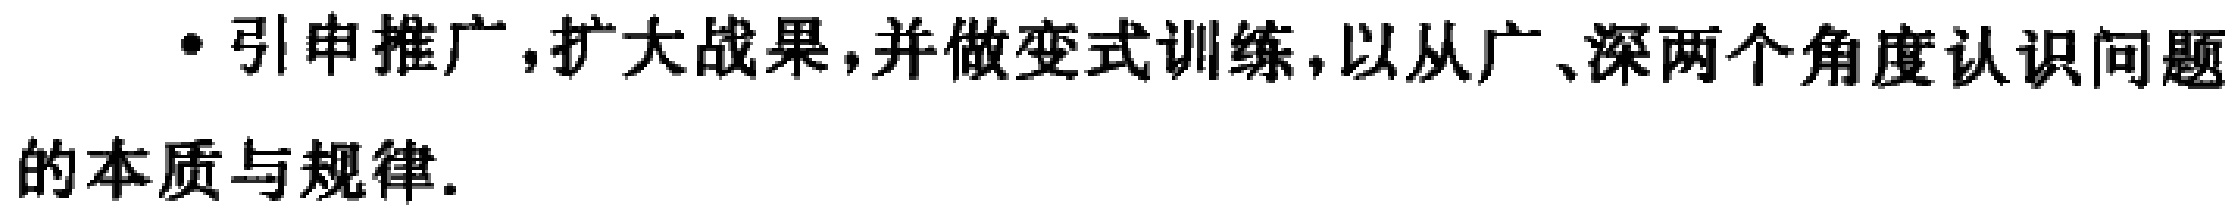
\cdot 引申推广,扩大战果,并做变式训练,以从广、深两个角度认识问题的本质与规律.